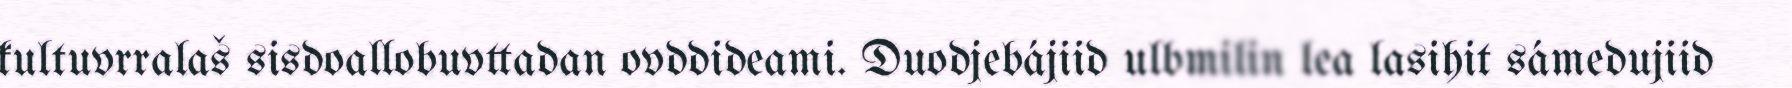
kultuvrralaš sisdoallobuvttadan ovddideami. Duodjebájiid ulbmilin lea lasihit sámedujiid